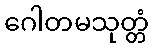
ဂေါတမသုတ္တံ